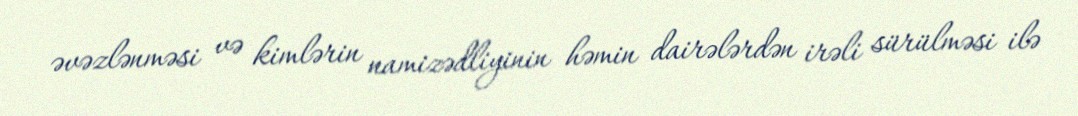
əvəzlənməsi və kimlərin namizədliyinin həmin dairələrdən irəli sürülməsi ilə